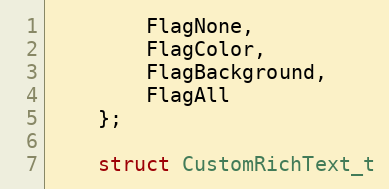
Language: C
        FlagNone,
        FlagColor,
        FlagBackground,
        FlagAll
    };

    struct CustomRichText_t